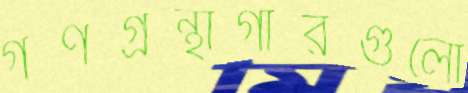
গণগ্রন্থাগারগুলো